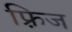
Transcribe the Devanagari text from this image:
फ़्रिज